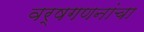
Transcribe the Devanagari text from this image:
वर्षगणनांचा